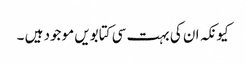
کیونکہ ان کی بہت سی کتابویں موجود ہیں ۔